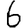
Digit: 6